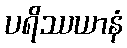
ပရိဿယာနံ